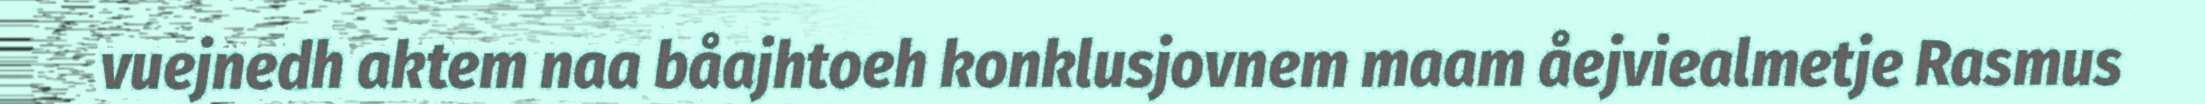
vuejnedh aktem naa båajhtoeh konklusjovnem maam åejviealmetje Rasmus